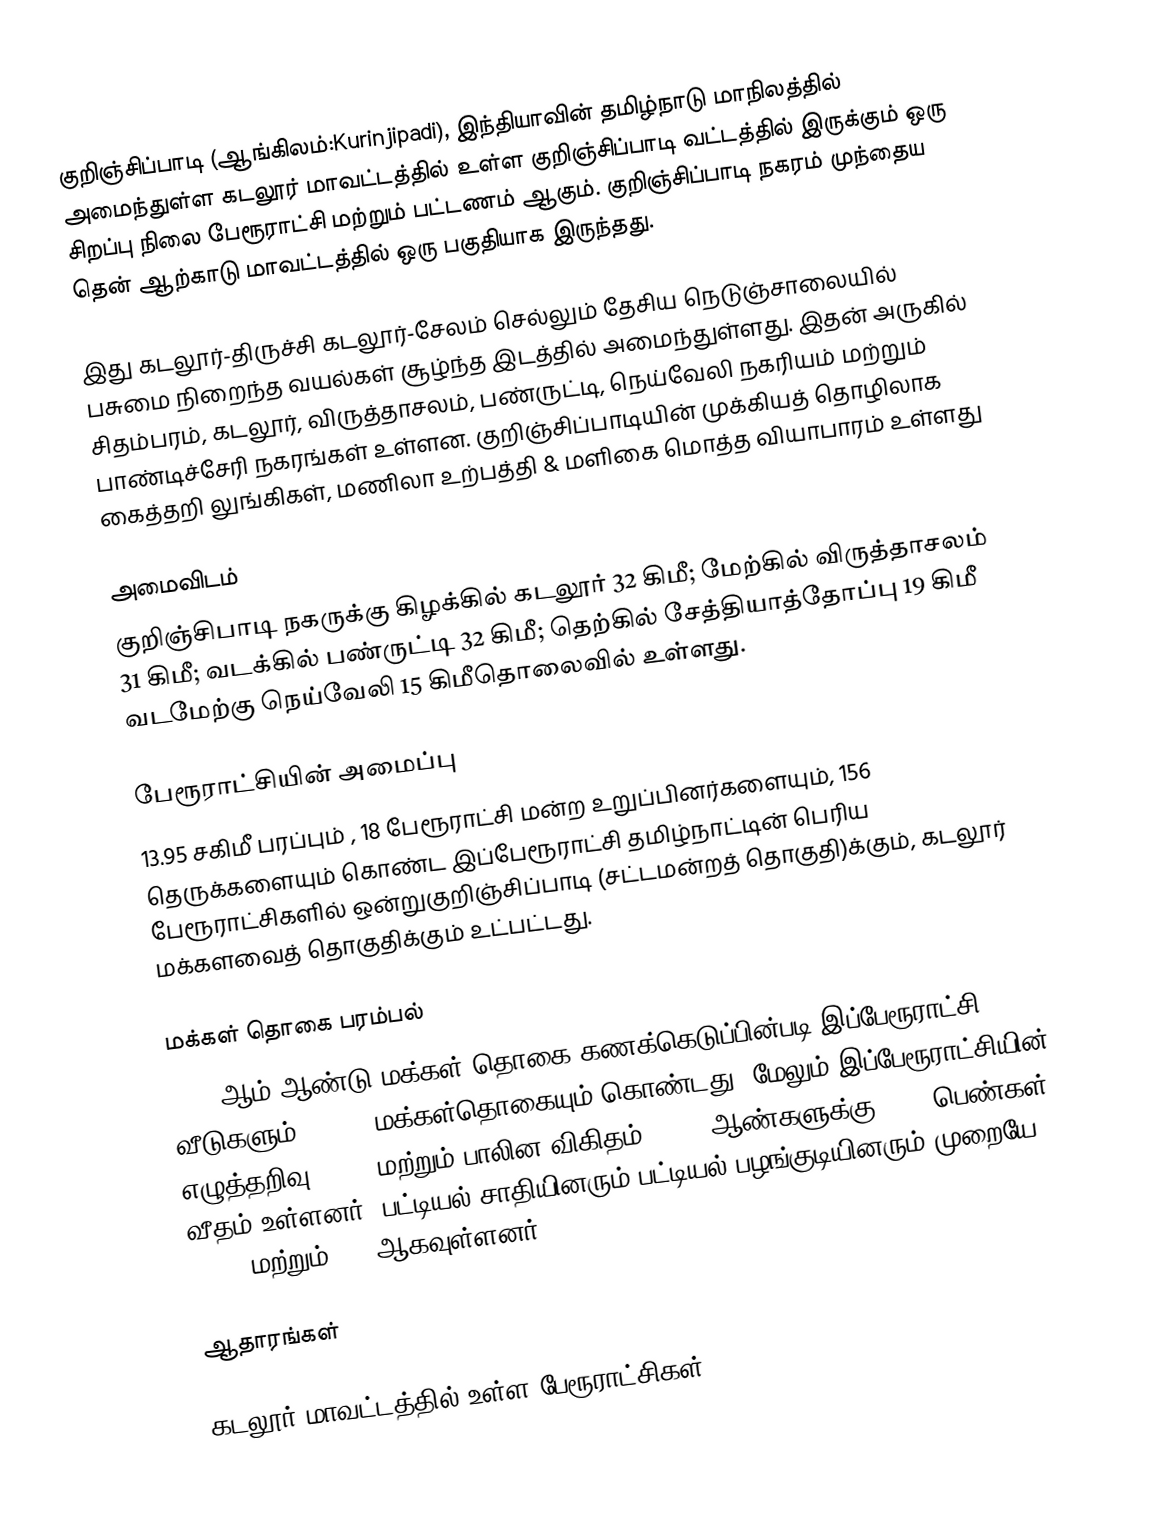
குறிஞ்சிப்பாடி (ஆங்கிலம்:Kurinjipadi), இந்தியாவின் தமிழ்நாடு மாநிலத்தில் அமைந்துள்ள கடலூர் மாவட்டத்தில் உள்ள குறிஞ்சிப்பாடி வட்டத்தில் இருக்கும் ஒரு சிறப்பு நிலை பேரூராட்சி மற்றும் பட்டணம் ஆகும். குறிஞ்சிப்பாடி நகரம் முந்தைய தென் ஆற்காடு மாவட்டத்தில் ஒரு பகுதியாக இருந்தது.

இது கடலூர்-திருச்சி கடலூர்-சேலம் செல்லும் தேசிய நெடுஞ்சாலையில் பசுமை நிறைந்த வயல்கள் சூழ்ந்த இடத்தில் அமைந்துள்ளது. இதன் அருகில் சிதம்பரம், கடலூர், விருத்தாசலம், பண்ருட்டி, நெய்வேலி நகரியம் மற்றும் பாண்டிச்சேரி நகரங்கள் உள்ளன. குறிஞ்சிப்பாடியின் முக்கியத் தொழிலாக கைத்தறி லுங்கிகள், மணிலா உற்பத்தி & மளிகை மொத்த வியாபாரம் உள்ளது

அமைவிடம்
குறிஞ்சிபாடி நகருக்கு கிழக்கில் கடலூர் 32 கிமீ; மேற்கில் விருத்தாசலம்  31 கிமீ; வடக்கில்  பண்ருட்டி 32 கிமீ; தெற்கில் சேத்தியாத்தோப்பு 19 கிமீ வடமேற்கு நெய்வேலி 15 கிமீதொலைவில் உள்ளது.

பேரூராட்சியின் அமைப்பு
13.95 சகிமீ பரப்பும் , 18  பேரூராட்சி மன்ற உறுப்பினர்களையும்,  156 தெருக்களையும் கொண்ட  இப்பேரூராட்சி தமிழ்நாட்டின் பெரிய பேரூராட்சிகளில் ஒன்றுகுறிஞ்சிப்பாடி (சட்டமன்றத் தொகுதி)க்கும், கடலூர் மக்களவைத் தொகுதிக்கும் உட்பட்டது.

மக்கள் தொகை பரம்பல்
2023-ஆம் ஆண்டு மக்கள் தொகை கணக்கெடுப்பின்படி   இப்பேரூராட்சி 8509   வீடுகளும், 37000 மக்கள்தொகையும் கொண்டது. மேலும் இப்பேரூராட்சியின் எழுத்தறிவு 81.5%   மற்றும்  பாலின விகிதம் 1,000 ஆண்களுக்கு, 995  பெண்கள் வீதம் உள்ளனர். பட்டியல் சாதியினரும் பட்டியல் பழங்குடியினரும் முறையே  4,206 மற்றும்  183 ஆகவுள்ளனர்.

ஆதாரங்கள்

கடலூர் மாவட்டத்தில் உள்ள பேரூராட்சிகள்